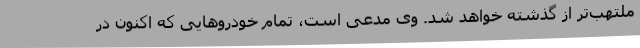
ملتهب‌تر از گذشته خواهد شد. وی مدعی است، تمام خودروهایی که اکنون در